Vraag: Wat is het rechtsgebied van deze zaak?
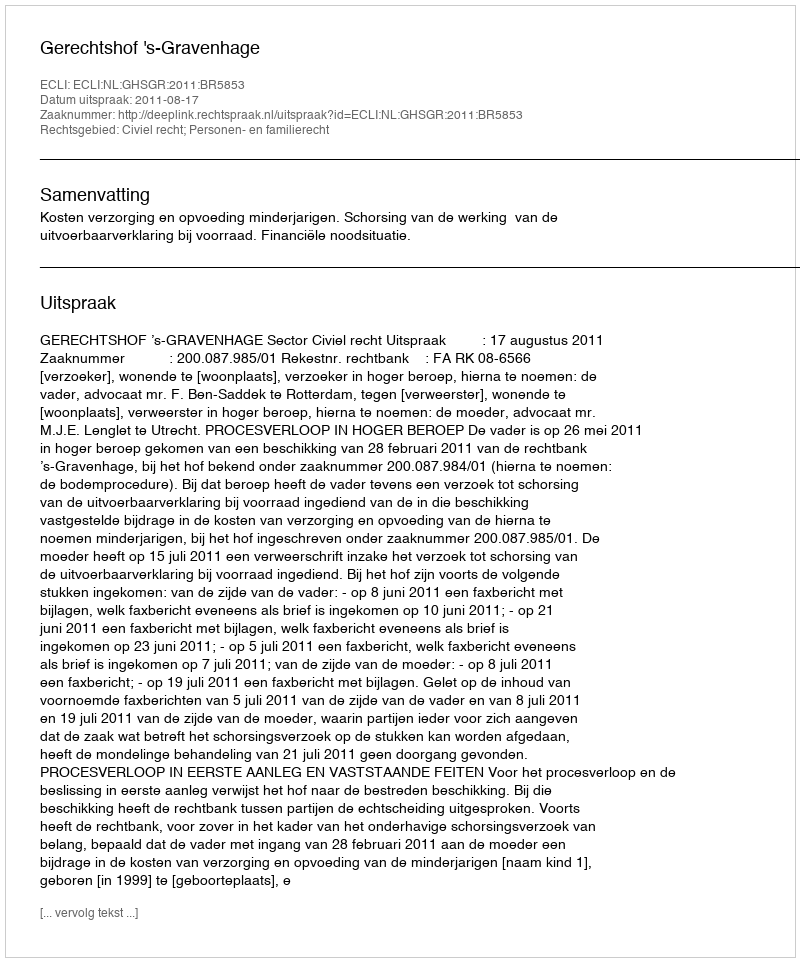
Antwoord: Civiel recht; Personen- en familierecht